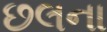
છલના